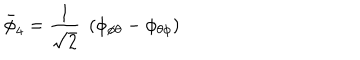
\bar { \phi } _ { 4 } = { \frac { 1 } { \sqrt 2 } } \; \left( \phi _ { \phi \theta } - \phi _ { \theta \phi } \right)